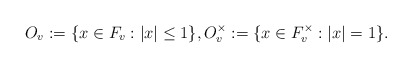
\begin{align*}O_v:=\{x\in F_v: |x|\le 1\}, O_v^\times :=\{x\in F_v^\times : |x|= 1\}.\end{align*}